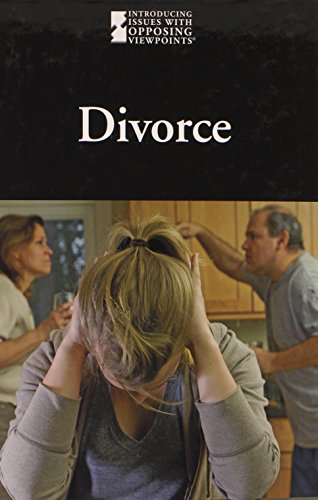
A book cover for Divorce (Introducing Issues With Opposing Viewpoints); Jacqueline Langwith; Teen & Young Adult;